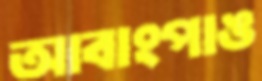
আবাংপাঙ